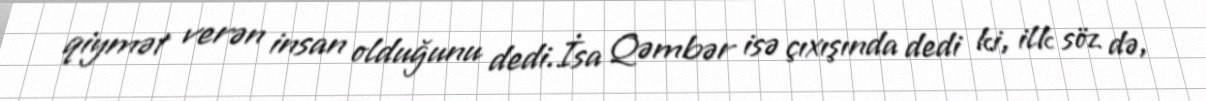
qiymət verən insan olduğunu dedi.İsa Qəmbər isə çıxışında dedi ki, ilk söz də,